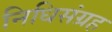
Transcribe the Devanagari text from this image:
निधिसंग्रह